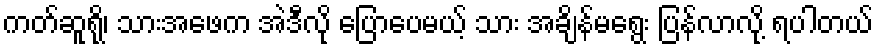
ကတ်ဆူရို၊ သားအဖေက အဲဒီလို ပြောပေမယ့် သား အချိန်မရွေး ပြန်လာလို့ ရပါတယ်